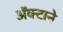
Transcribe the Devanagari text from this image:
अॅक्टाने